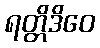
ရတ္တိဒိဝေ